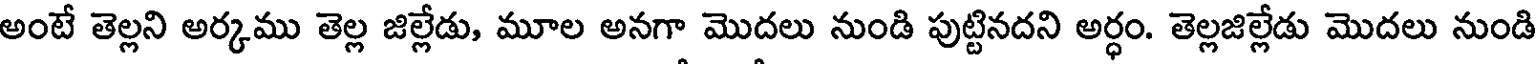
అంటే తెల్లని అర్కము తెల్ల జిల్లేడు, మూల అనగా మొదలు నుండి పుట్టినదని అర్ధం. తెల్లజిల్లేడు మొదలు నుండి